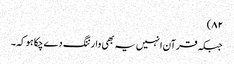
۸۲)
جبکہ قرآن انہیں یہ بھی وارننگ دے چکا ہو کہ۔